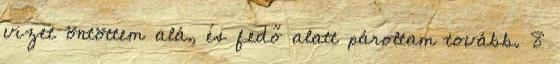
vizet öntöttem alá, és fedő alatt pároltam tovább. 8